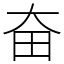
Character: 奋